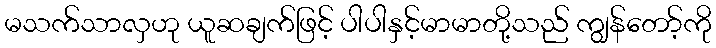
မသက်သာလှဟု ယူဆချက်ဖြင့် ပါပါနှင့်မာမာတို့သည် ကျွန်တော့်ကို